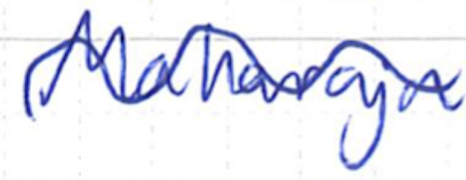
Text: Maharaja
Cross-out: wave
Writing tool: ballpoint